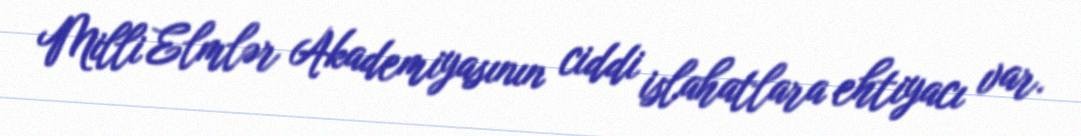
Milli Elmlər Akademiyasının ciddi islahatlara ehtiyacı var.